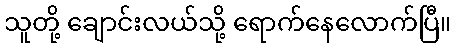
သူတို့ ချောင်းလယ်သို့ ရောက်နေလောက်ပြီ။